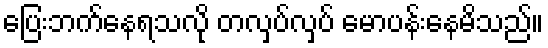
ပြေးဘက်နေရသလို တလှပ်လှပ် မောပန်းနေမိသည်။